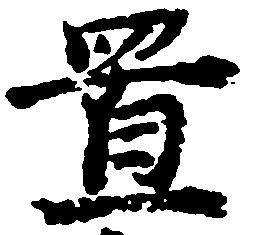
置